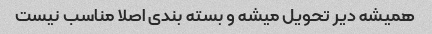
همیشه دیر تحویل میشه و بسته بندی اصلا مناسب نیست